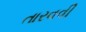
તારવવી